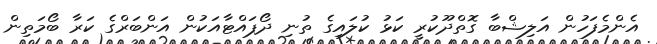
އެންމެފަހުން އަލިޝްބާ ގޮތްދޫކުރީ ކަޅު ކުލައިގެ ތުނި ދޯޕައްޓާއަކުން އަންބަރްގެ ކަރާ ބޯމަތިން